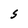
Character: S